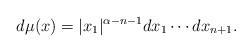
LaTeX: \begin{align*}d\mu(x) = |x_1|^{\alpha - n-1} dx_1 \cdots dx_{n+1}.\end{align*}